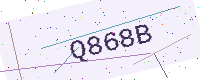
Text: Q868B